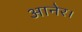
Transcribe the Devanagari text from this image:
आनेर।